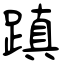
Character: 蹎